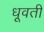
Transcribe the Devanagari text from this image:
धूवती